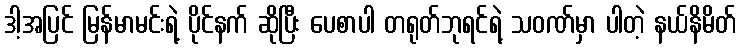
ဒါ့အပြင် မြန်မာမင်းရဲ့ ပိုင်နက် ဆိုပြီး ပေစာပါ တရုတ်ဘုရင်ရဲ့ သဝဏ်မှာ ပါတဲ့ နယ်နိမိတ်